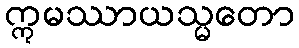
ဣမဿာယသ္မတော